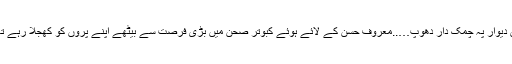
بائیں دیوار پہ چمک دار دھوپ…..معروف حسن کے لائے ہوئے کبوتر صحن میں بڑی فرصت سے بیٹھے اپنے پروں کو کھجلا رہے تھے۔